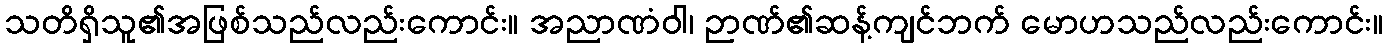
သတိရှိသူ၏အဖြစ်သည်လည်းကောင်း။ အညာဏံဝါ၊ ဉာဏ်၏ဆန့်ကျင်ဘက် မောဟသည်လည်းကောင်း။